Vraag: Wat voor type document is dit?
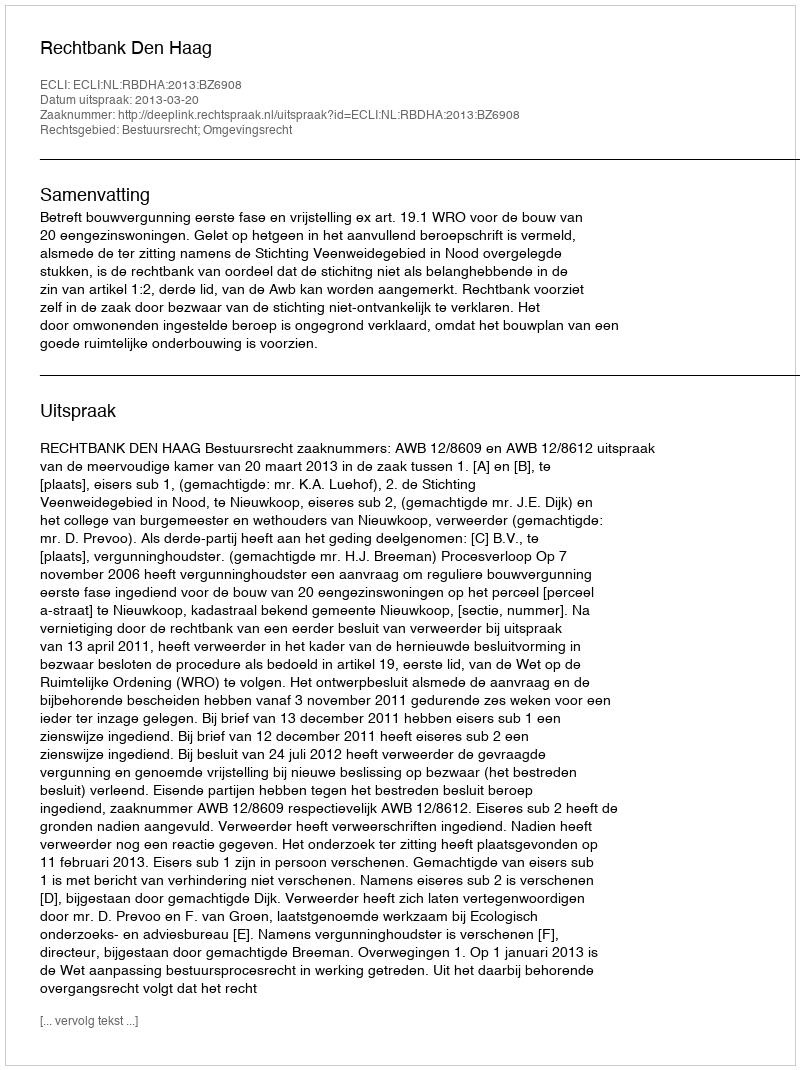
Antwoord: Uitspraak